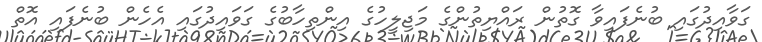
ގަވާއިދުގައި ބުނެފައިވާ ގޮތުން ރައްޔިތުންގެ މަޖިލީހުގެ އިންތިހާބުގެ ގަވައިދުގައި އެހެން ބުނެފައި އޮތް